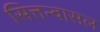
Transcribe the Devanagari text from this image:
सित्तन्वासल